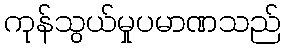
ကုန်သွယ်မှုပမာဏသည်